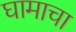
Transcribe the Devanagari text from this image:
घामाचा